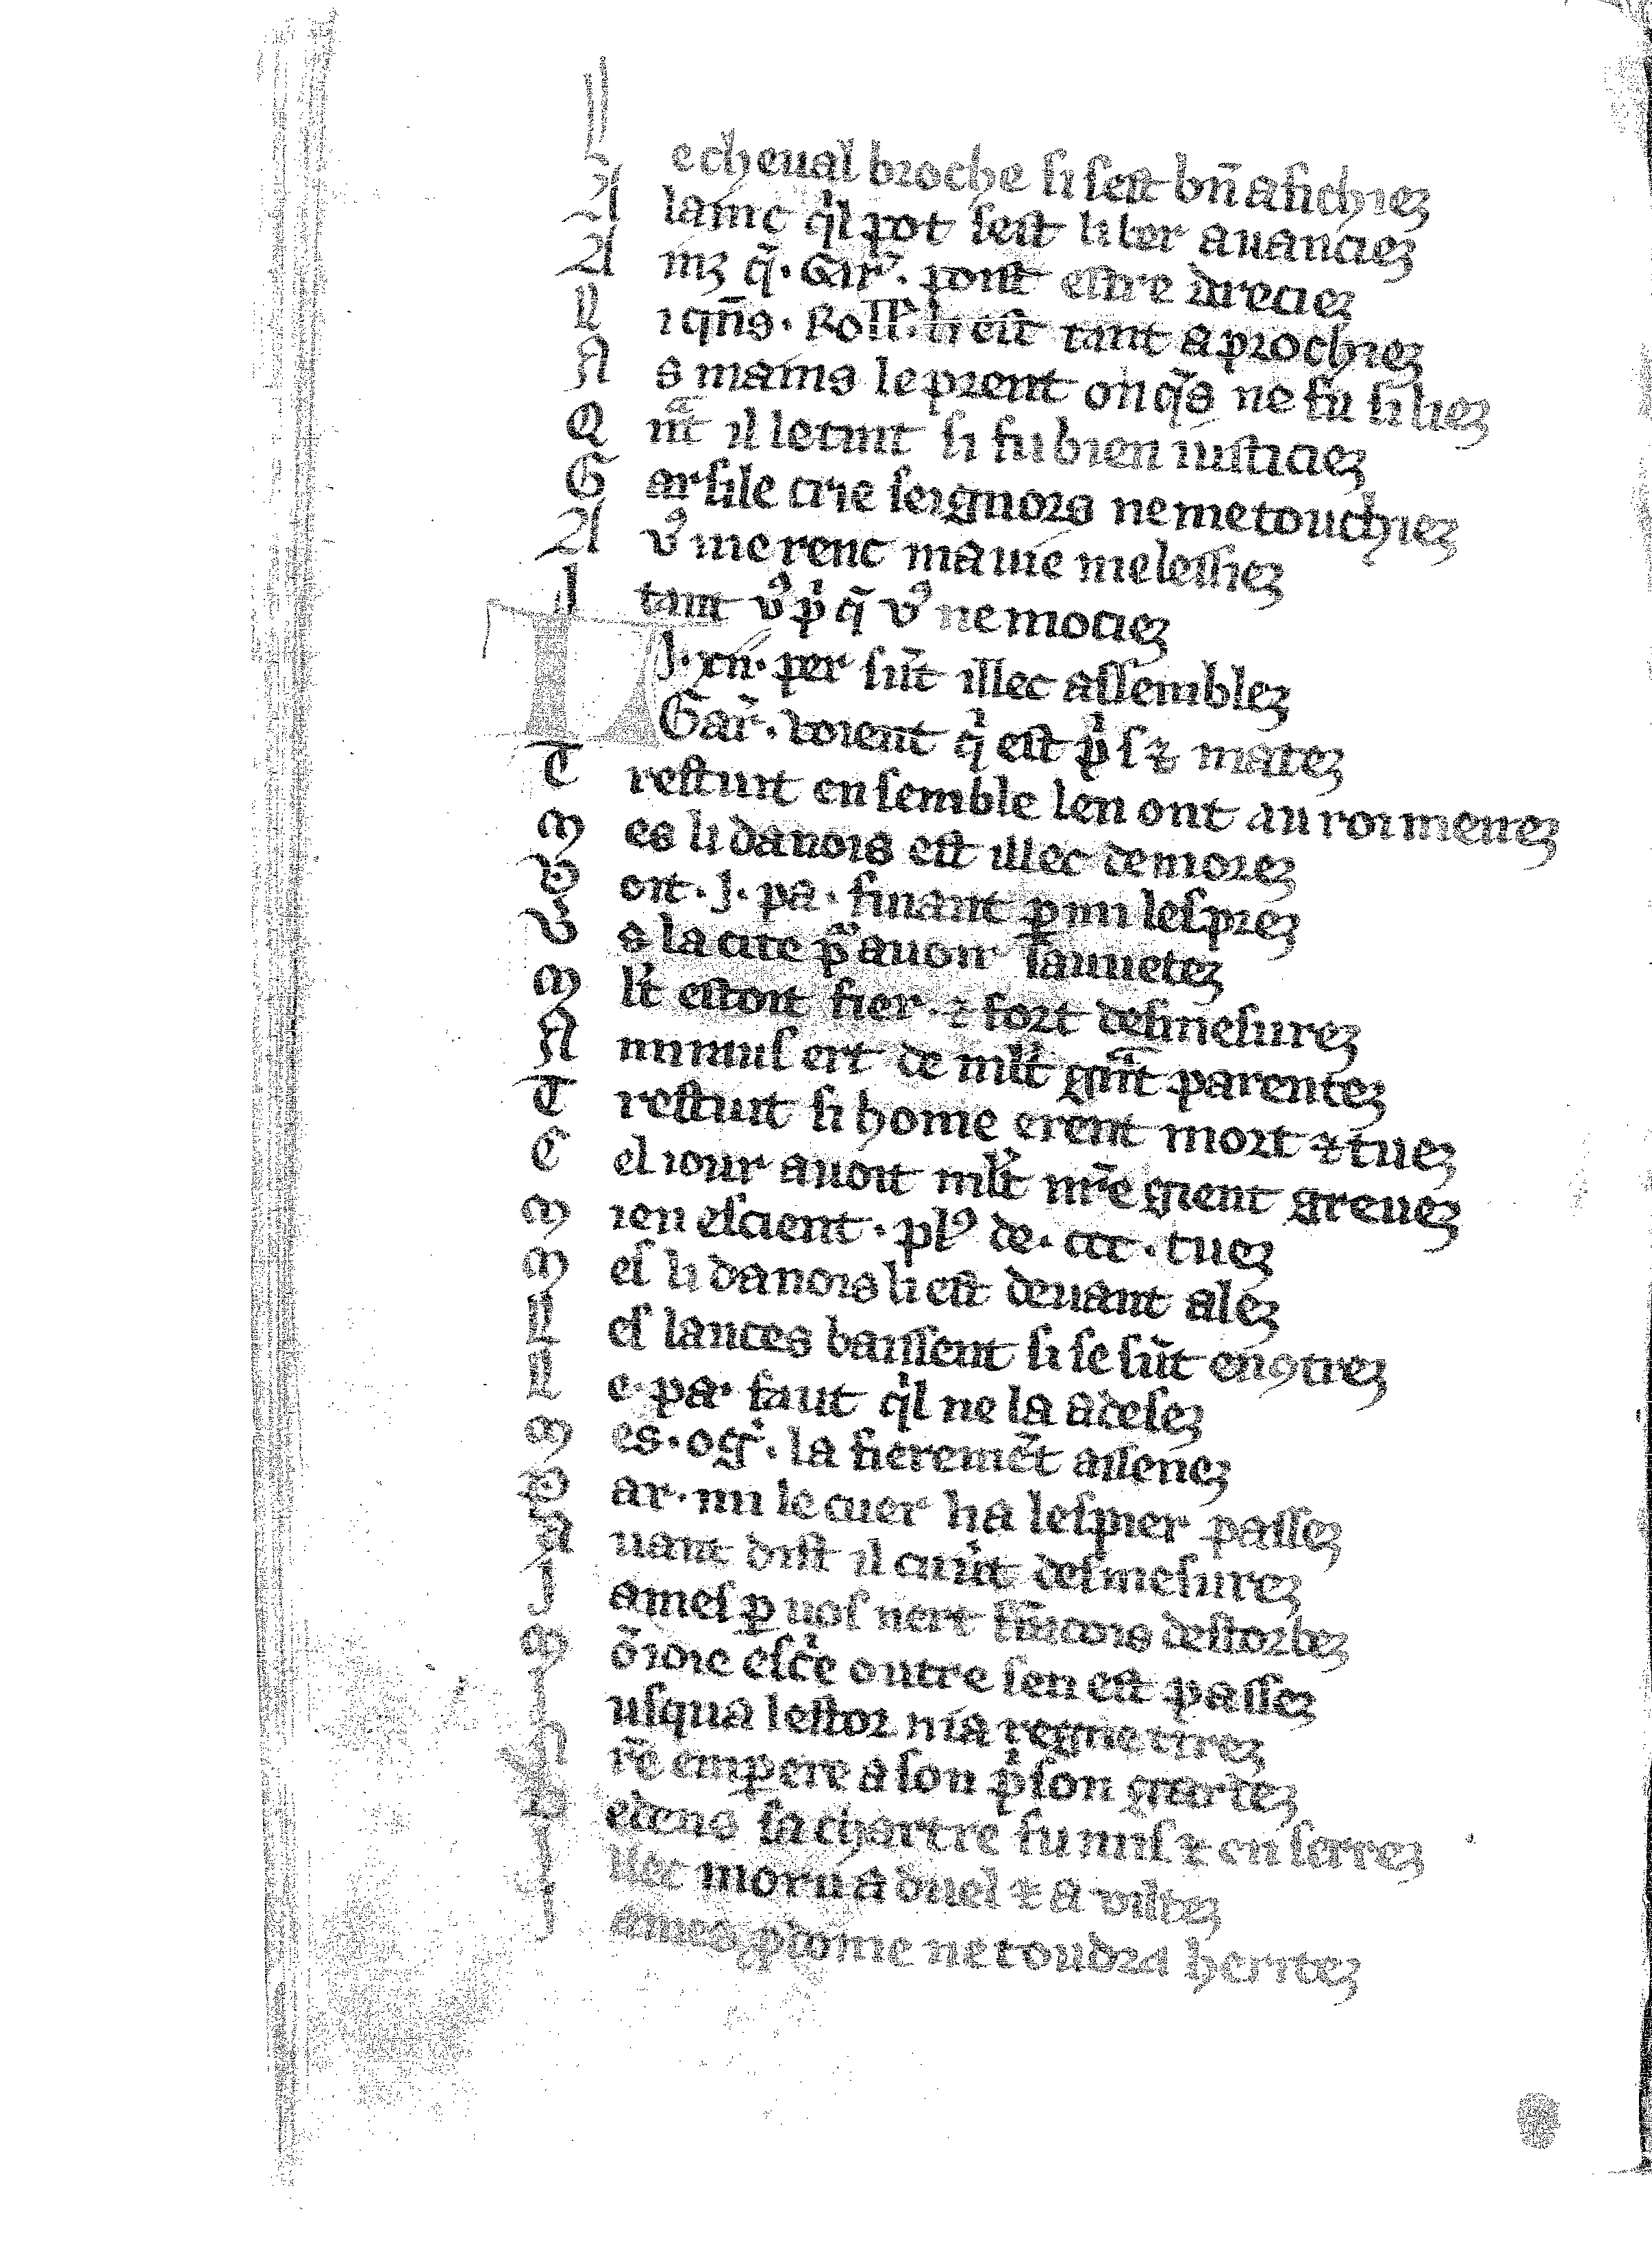
Shelfmark: Vatican, Biblioteca apostolica vaticana, Reg.lat. 1616
Century: 14